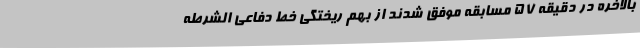
بالاخره در دقیقه ۵۷ مسابقه موفق شدند از بهم ریختگی خط دفاعی الشرطه